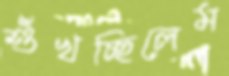
শুঁখচ্ছিলেম